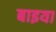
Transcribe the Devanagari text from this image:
बाइया